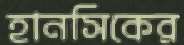
হানসিকের